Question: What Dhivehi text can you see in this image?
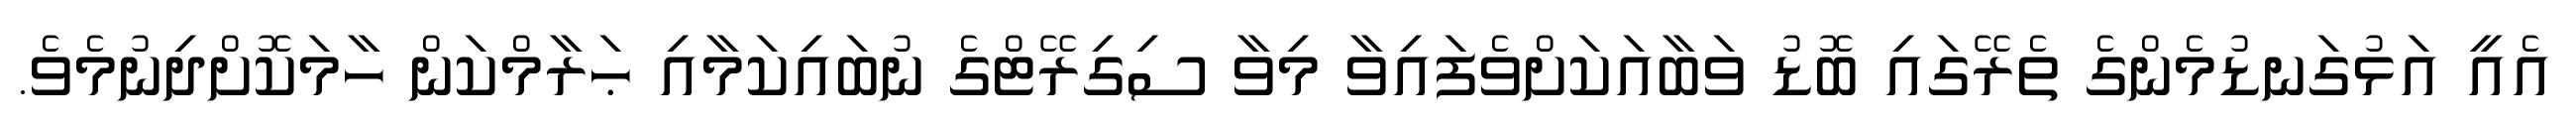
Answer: އެއީ އަޅުގަނޑުމެންގެ ތެރޭގައި ބޮޑު ވަބާއަކަށްވެފައިވާ މިވާ ސިގިރޭޓްގެ ނުބައިކަމާއި ޙަރާމްކަން ހާމަކޮށްދިނުމެވެ.